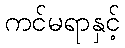
ကင်မရာနှင့်